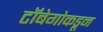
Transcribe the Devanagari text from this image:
टॉबेगोकडून